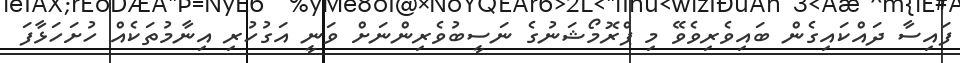
ފައިސާ ދައްކައިގެން ބައިވެރިވެވޭ މި ޕްރޮމޯޝަނުގެ ނަސީބުވެރިންނަށް ވަނީ އަގުހުރި އިނާމުތަކެއް ހުށަހަޅާފަ